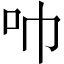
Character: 𫩒